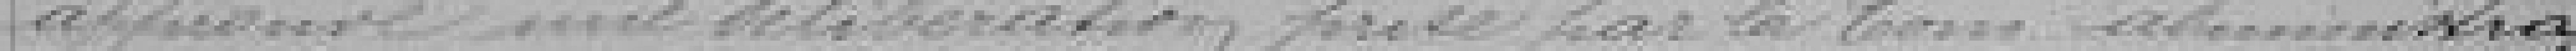
approuve une délibération prise par la Commission administra-